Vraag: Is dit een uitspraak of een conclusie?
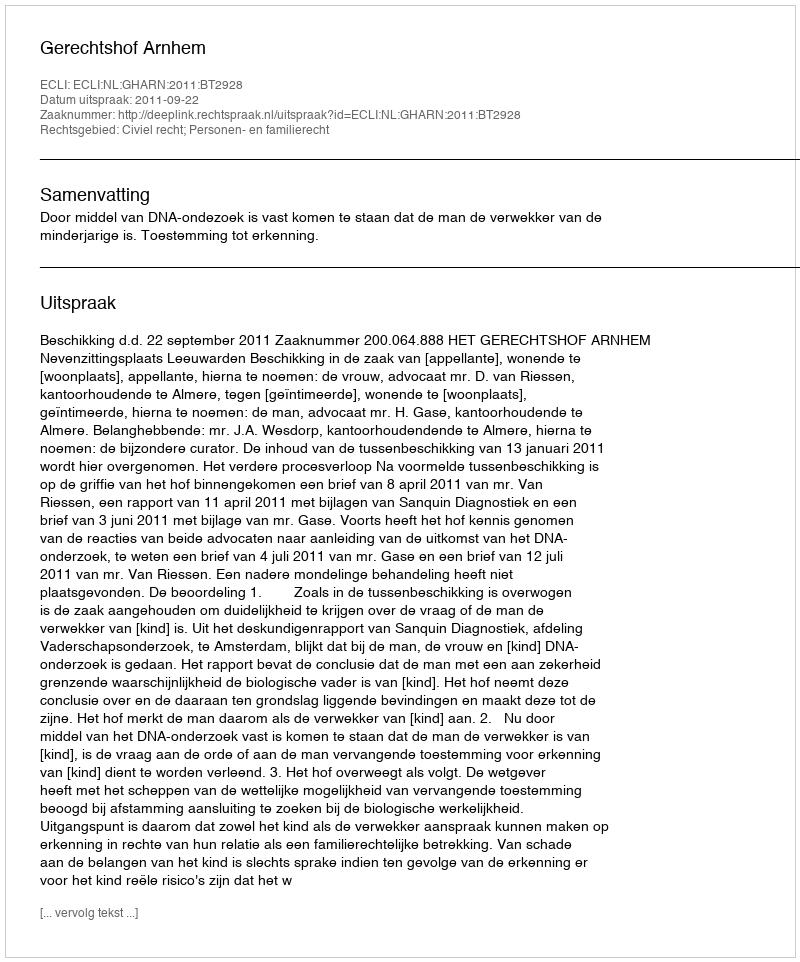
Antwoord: Uitspraak